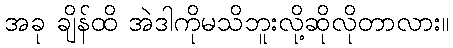
အခု ချိန်ထိ အဲဒါကိုမသိဘူးလို့ဆိုလိုတာလား။